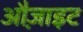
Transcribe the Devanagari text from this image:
औज़ाइट